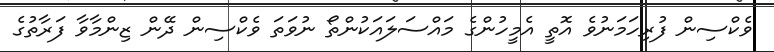
ވެކްސިން ފުރިހަމަނުވެ އޮތީ އެމީހުންގެ މައްސަލައަކުންތޯ ނުވަތަ ވެކްސިން ދޭން ޒިންމާވާ ފަރާތުގެ